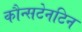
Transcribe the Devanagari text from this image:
कौन्सटेनटिन